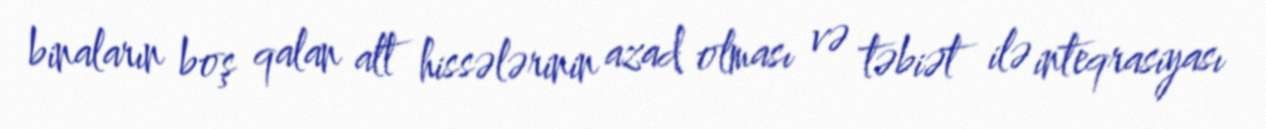
binaların boş qalan alt hissələrinin azad olması və təbiət ilə inteqrasiyası